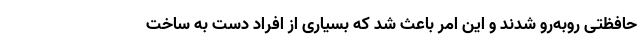
حافظتی روبه‌رو شدند و این امر باعث شد که بسیاری از افراد دست به ساخت